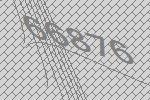
66876